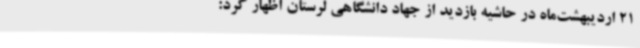
21 اردیبهشت‌ماه در حاشیه بازدید از جهاد دانشگاهی لرستان اظهار کرد: